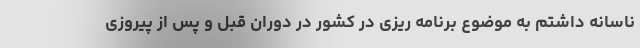
ناسانه داشتم به موضوع برنامه ریزی در کشور در دوران قبل و پس از پیروزی